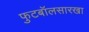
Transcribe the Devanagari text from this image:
फुटबॉलसारखा